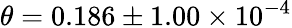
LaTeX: \theta=0.186\pm 1.00\times 10^{-4}